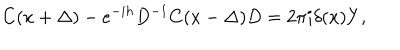
LaTeX: C ( x + \Delta ) - e ^ { - i h } D ^ { - 1 } C ( x - \Delta ) D = 2 \pi i \delta ( x ) Y ,